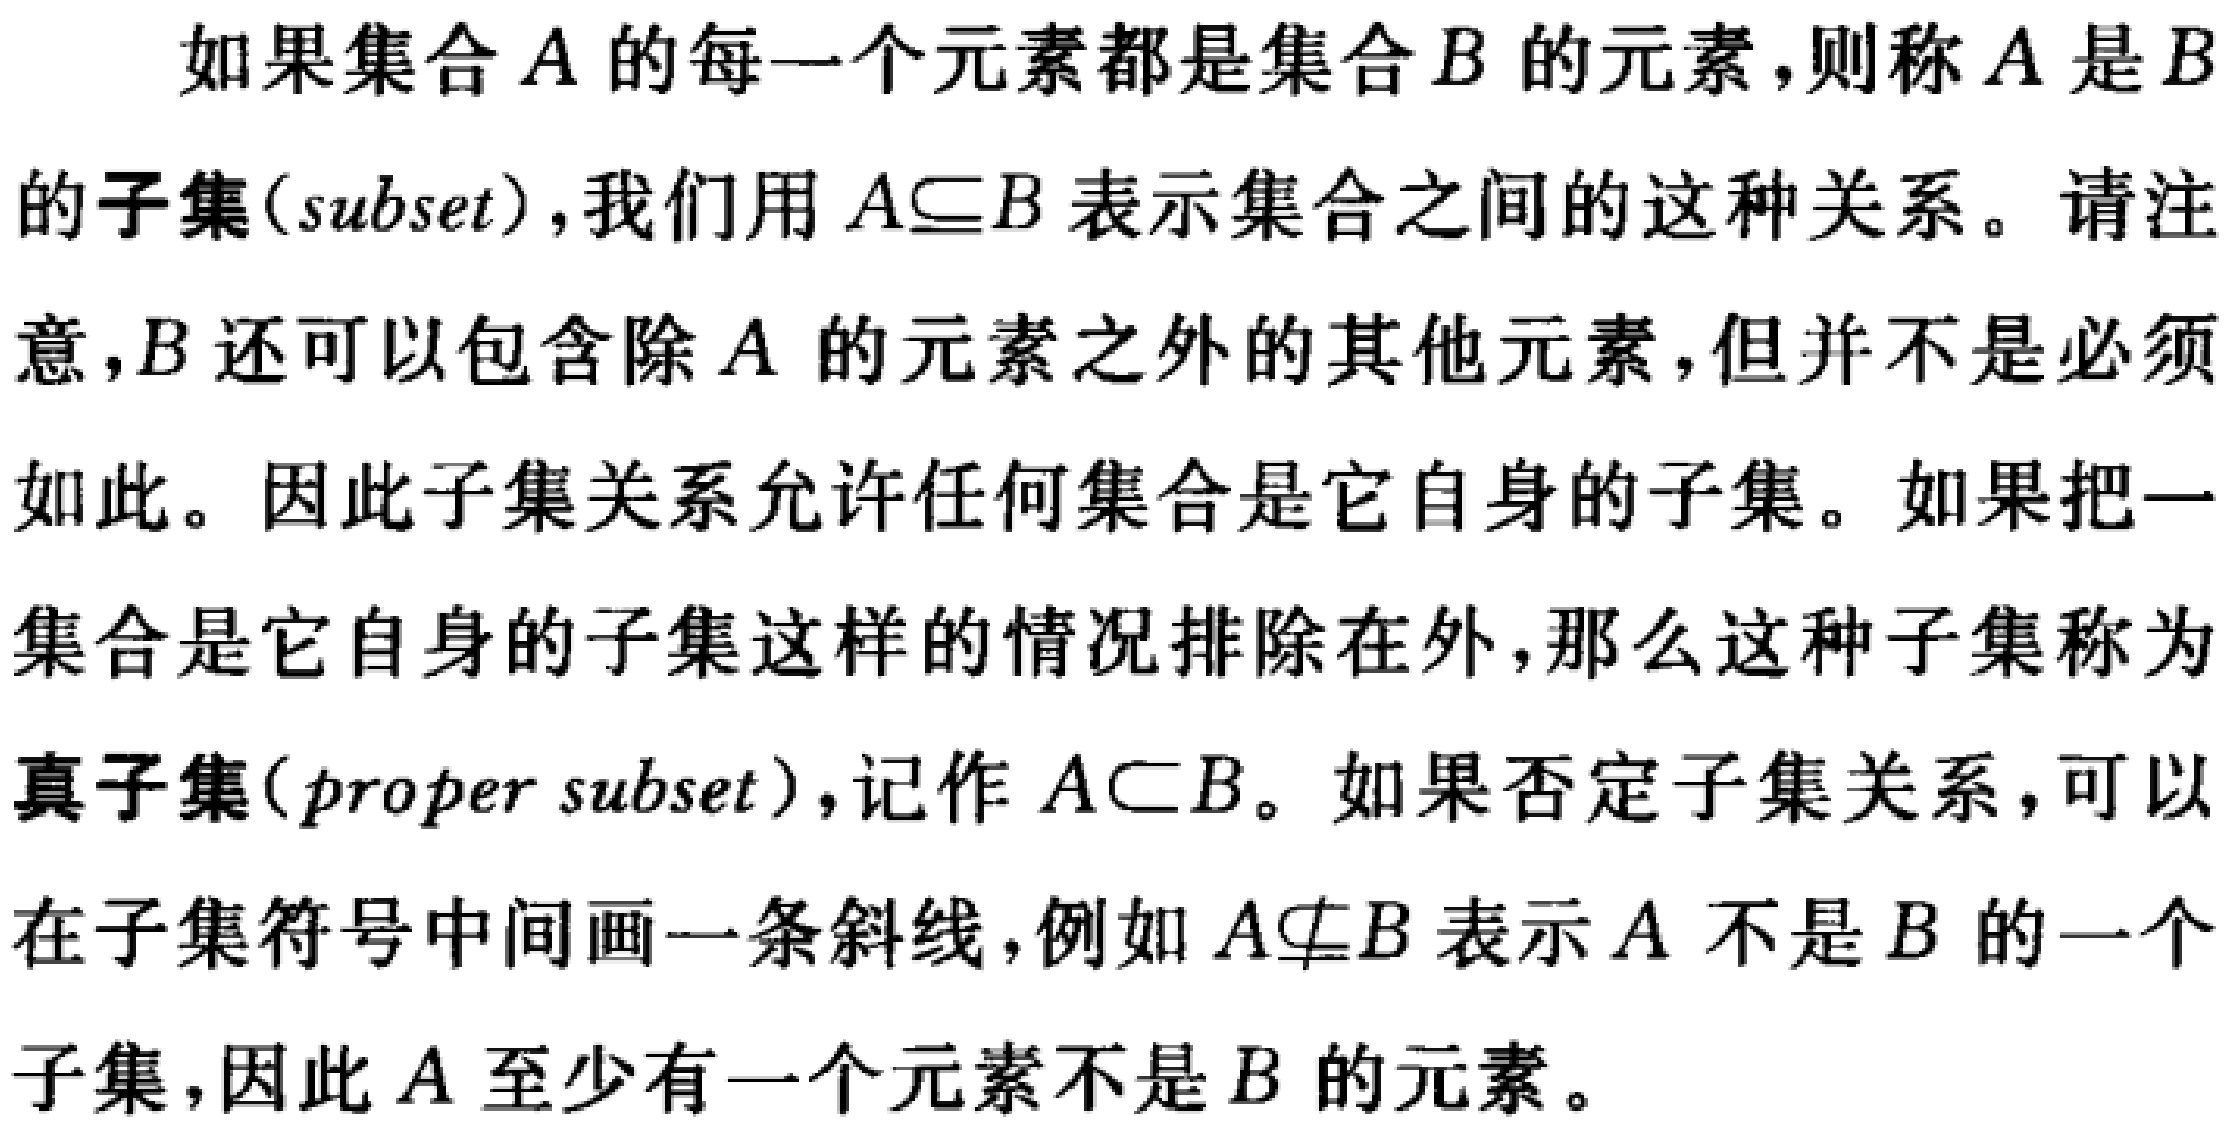
4. 小龙家里现在只剩下 480 元现金，按早先的习惯，这些钱已不够用到月底了. 为此，小龙提请妈妈是否每天节省 4 元钱的蔬菜等日常开销. 妈妈也认为只有这么办了，预计这样可多应付4 天的日常开销. 问小龙家里原先每天的生活开销是多少?